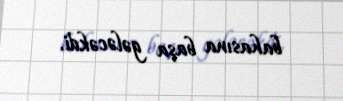
bahasına başa gələcəkdi.